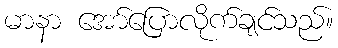
မာနာ အော်ပြောလိုက်ချင်သည်။